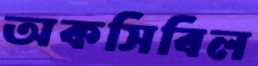
অকসিবিল